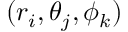
( r _ { i } , \theta _ { j } , \phi _ { k } )